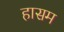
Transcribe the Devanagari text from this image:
हासम